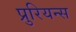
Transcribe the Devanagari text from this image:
प्रुरियन्स